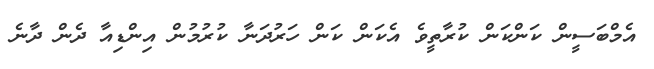
އެމްބަސީން ކަންކަން ކުރާތީވެ އެކަން ކަން ހަރުދަނާ ކުރުމުން އިންޑިއާ ދެން ދާނެ